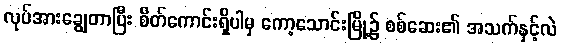
လုပ်အားချွေတာပြီး စိတ်ကောင်းရှိပါမှ ကော့သောင်းမြို့၌ စစ်ဆေး၏ အသက်နှင့်လဲ